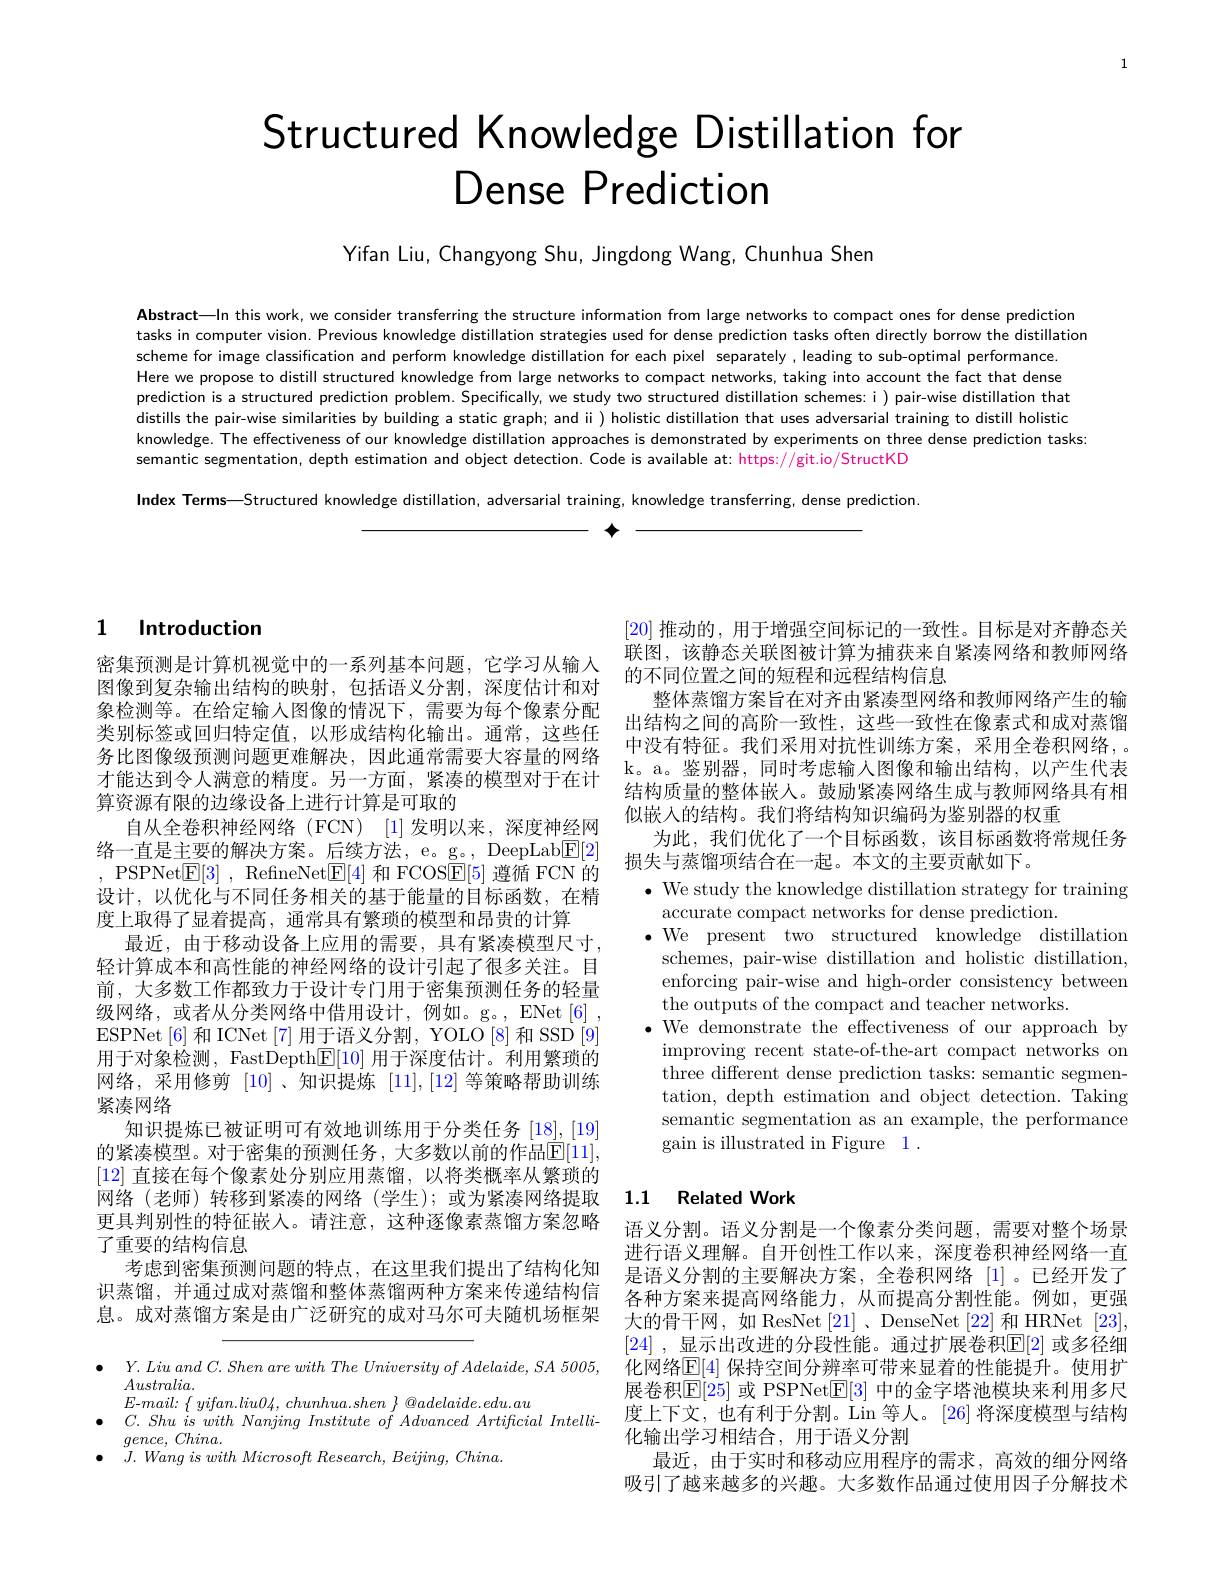
# Structured Knowledge Distillation for Dense Prediction

Yifan Liu, Changyong Shu, Jingdong Wang, Chunhua Shen

Abstract—In this work, we consider transferring the structure information from large networks to compact ones for dense prediction tasks in computer vision. Previous knowledge distillation strategies used for dense prediction tasks often directly borrow the distillation scheme for image classification and perform knowledge distillation for each pixel separately,leading to sub-optimal performance. Here we propose to distill structured knowledge from large networks to compact networks, taking into account the fact that dense prediction is a structured prediction problem. Specifically, we study two structured distillation schemes: i) pair-wise distillation that distills the pair-wise similarities by building a static graph; and ii) holistic distillation that uses adversarial training to distill holistic knowledge. The effectiveness of our knowledge distillation approaches is demonstrated by experiments on three dense prediction tasks. semantic segmentation, depth estimation and object detection. Code is available at: https://git.io/StructKD Index Terms—Structured knowledge distillation, adversarial training, knowledge transferring, dense prediction.

个

## 1 Introduction

密集预测是计算机视觉中的一系列基本问题，它学习从输入图像到复杂输出结构的映射，包括语义分割，深度估计和对象检测等。在给定输人图像的情况下，需要为每个像素分配类别标签或回归特定值，以形成结构化输出。通常，这些任务比图像级预测问题更难解决，因此通常需要大容量的网络才能达到令人满意的精度。另一方面，紧凑的模型对于在计算资源有限的边缘设备上进行计算是可取的
自从全卷积神经网络(FCN) [1]发明以来，深度神经网, PSPNet$\boxed{\mathrm{E}}[3]$, RefneNet$\boxed{\mathrm{E}}[4]$和 FCOS$\boxed{\mathrm{E}}[5]$遵循 FCN 的设计，以优化与不同任务相关的基于能量的目标函数，在精度上取得了显着提高，通常具有繁琐的模型和昂贵的计算
最近，由于移动设备上应用的需要，具有紧凑模型尺寸， 轻计算成本和高性能的神经网络的设计引起了很多关注。目前，大多数工作都致力于设计专门用于密集预测任务的轻量级网络，或者从分类网络中借用设计，例如。g。,ENet[6] , ESPNet[6] 和 ICNet[7] 用于语义分割，YOLO[8] 和 SSD[9] 用于对象检测 , FastDepth$\boxed{\mathbb{E}}[10]$用于深度估计。利用繁琐的网络，采用修剪[10] 、知识提炼$[\color{red}{11}],[\color{red}{12}]$等策略帮助训练紧凑网络
知识提炼已被证明可有效地训练用于分类任务[18],[19] 的紧凑模型。对于密集的预测任务，大多数以前的作品$\mathbb{E}[11]$, [12]直接在每个像素处分别应用蒸馏，以将类概率从繁琐的网络(老师)转移到紧凑的网络(学生);或为紧凑网络提取更具判别性的特征嵌入。请注意，这种逐像素蒸馏方案忽略了重要的结构信息
考虑到密集预测问题的特点，在这里我们提出了结构化知识蒸馏，并通过成对蒸馏和整体蒸馏两种方案来传递结构信息。成对蒸馏方案是由广泛研究的成对马尔可夫随机场框架

$\bullet$ $Y. \textit{Liu and C. Shen are with The University of Adelaide, SA 5005, }$
$Australia.$
$E$-mail: $\{ \textit{ yifan. liu04, chunhua. shen }\} \textit{@ adelaide. edu. au}$
$\bullet$ $C. \textit{Shu is with Nanjing Institute of Advanced Artificial Intelli- }$
$gence$, $China.$
$J. \textit{ Wang is with Microsoft Research, Beijing, China}.$

[20]推动的，用于增强空间标记的一致性。目标是对齐静态关联图，该静态关联图被计算为捕获来自紧凑网络和教师网络的不同位置之间的短程和远程结构信息
整体蒸馏方案旨在对齐由紧凑型网络和教师网络产生的输出结构之间的高阶一致性，这些一致性在像素式和成对蒸馏中没有特征。我们采用对抗性训练方案，采用全卷积网络，。k。a。鉴别器，同时考虑输入图像和输出结构，以产生代表结构质量的整体嵌人。鼓励紧凑网络生成与教师网络具有相似嵌入的结构。我们将结构知识编码为鉴别器的权重
为此，我们优化了一个目标函数，该目标函数将常规任务
络 一 直 是 主 要 的 解 决 方 案 。后 续 方 法 , e。g。DeepLablE[ 2] PSPNet[ F] 3BefneNet[ F] 4 和 FCOSF[ 5] 道 循 FCN 的 损 失 与 蒸 馏 项 结 合 在 一 起 。本 文 的 主 要 贡 献 如 下 。
$\bullet$ We study the knowledge distillation strategy for training
accurate compact networks for dense prediction.
$\bullet$We present two structured knowledge distillation
schemes, pair-wise distillation and holistic distillation, enforcing pair-wise and high-order consistency between the outputs of the compact and teacher networks.
$\bullet$ We demonstrate the effectiveness of our approach by
improving recent state-of-the-art compact networks on three different dense prediction tasks: semantic segmentation, depth estimation and object detection. Taking semantic segmentation as an example, the performance gain is illustrated in Figure 1.

## 1.1 Related Work

语义分割。语义分割是一个像素分类问题，需要对整个场景进行语义理解。自开创性工作以来，深度卷积神经网络一直是语义分割的主要解决方案，全卷积网络[1]。已经开发了各种方案来提高网络能力，从而提高分割性能。例如，更强大的骨干网，如 ResNet [21]、DenseNet [22] 和 HRNet [23], [24] ,显示出改进的分段性能。通过扩展卷积$\mathbb{E}[2]$ 或多径细化网络$\mathbb{E}[4]$ 保持空间分辨率可带来显着的性能提升。使用扩展卷积$\mathbb{E}[25]$ 或 PSPNet$\mathbb{E}[3]$ 中的金字塔池模块来利用多尺度上下文，也有利于分割。Lin 等人。[26] 将深度模型与结构化输出学习相结合，用于语义分割
最近，由于实时和移动应用程序的需求，高效的细分网络吸引了越来越多的兴趣。大多数作品通过使用因子分解技术